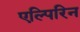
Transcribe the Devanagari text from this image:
एल्पिरिन